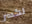
لكسر